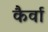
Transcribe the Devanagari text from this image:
कैर्वा